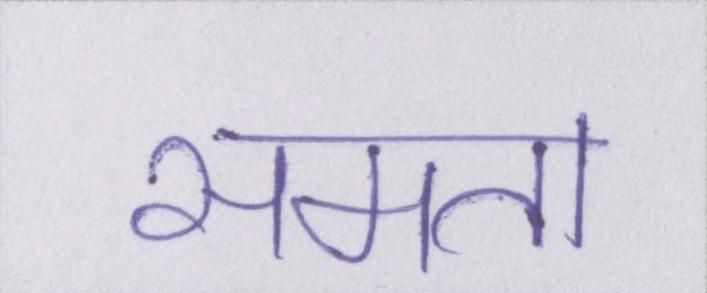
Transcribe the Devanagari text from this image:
समता